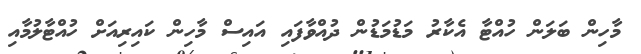
މާހިން ބަލަން ހުއްޓާ އެކާރު މަޑުމަޑުން ދުއްވާފައި އައިސް މާހިން ކައިރިއަށް ހުއްޓާލުމާއި